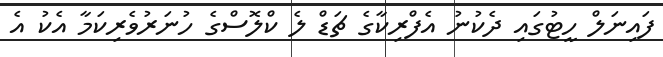
ފައިނަލް ހީޓުގައި ދެކުނު އެފްރިކާގެ ޗަޑް ލެ ކްލޮސްގެ ހުނަރުވެރިކަމާ އެކު އެ